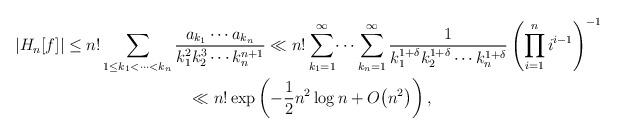
LaTeX: \begin{gather*}|H_n[f]| \le n!\sum_{1\le k_1<\dots<k_n}\frac{a_{k_1}\dotsb a_{k_n}}{k_1^2k_2^3\cdots k_n^{n+1}}\ll n!\sum_{k_1=1}^\infty\dotsi\sum_{k_n=1}^\infty\frac{1}{k_1^{1+\delta}k_2^{1+\delta}\dotsb k_n^{1+\delta}}\left(\prod_{i=1}^{n}i^{i-1}\right)^{-1}\\\hphantom{|H_n[f]|}{}\ll n!\exp\left(-\frac12 n^2\log n+O\big(n^2\big)\right),\end{gather*}